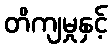
တိကျမှုနှင့်